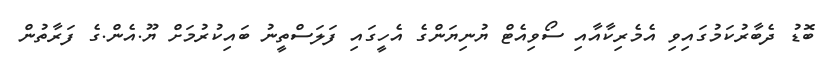
ބޮޑު ދެބާރުކަމުގައިވި އެމެރިކާއާއި ސޯވިއެޓް ޔުނިޔަންގެ އެހީގައި ފަލަސްތީނު ބައިކުރުމަށް ޔޫ.އެން.ގެ ފަރާތުން